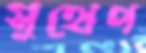
সুথেপ